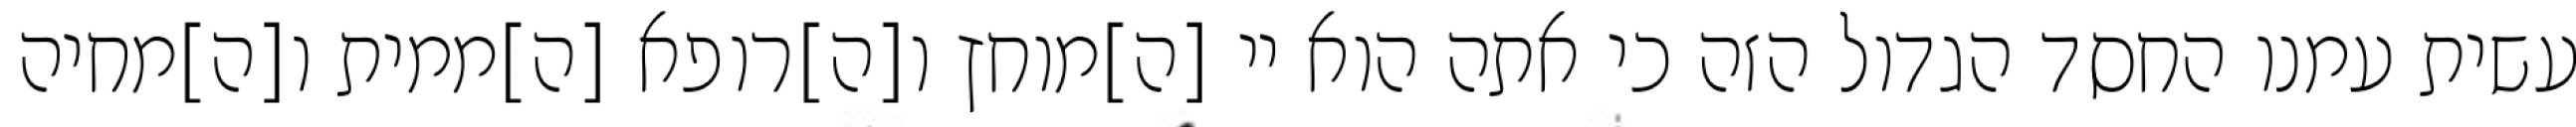
עשית עמנו החסד הגדול הזה כי אתה הוא יי [ה]מוחץ ו[ה]רופא [ה]ממית ו[ה]מחיה